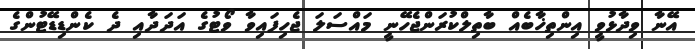
އޭނާ ވިދާޅުވީ އިންތިޚާބެއް ބާތިލްކުރަންޖެހޭނީ މައްސަލަ ޖެހިފައިވާ ވޯޓުގެ އަދަދާއި ދެ ކެންޑިޑޭޓުންގެ